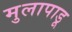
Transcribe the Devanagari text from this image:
मुलापाडू